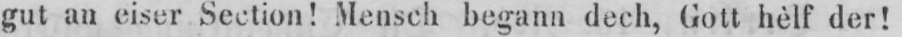
gut an eiser Section! Mensch begann dech, Gott hèlf der!